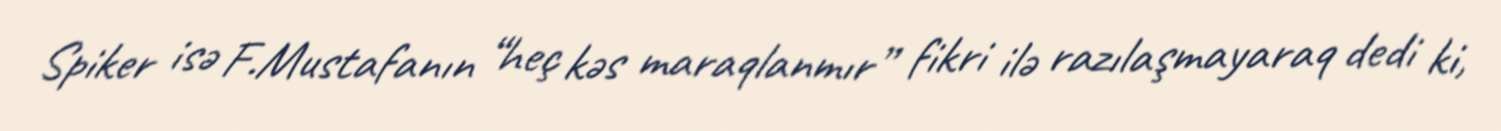
Spiker isə F.Mustafanın “heç kəs maraqlanmır” fikri ilə razılaşmayaraq dedi ki,